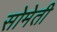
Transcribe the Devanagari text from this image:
सोमेती